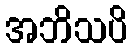
အဘိသပိ